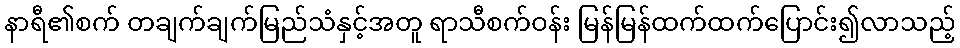
နာရီ၏စက် တချက်ချက်မြည်သံနှင့်အတူ ရာသီစက်ဝန်း မြန်မြန်ထက်ထက်ပြောင်း၍လာသည့်